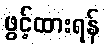
ဖွင့်ထားရန်